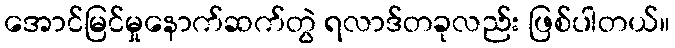
အောင်မြင်မှုနောက်ဆက်တွဲ ရလာဒ်တခုလည်း ဖြစ်ပါတယ်။